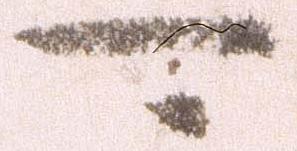
可